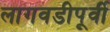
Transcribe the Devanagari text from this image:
लागवडीपूर्वी